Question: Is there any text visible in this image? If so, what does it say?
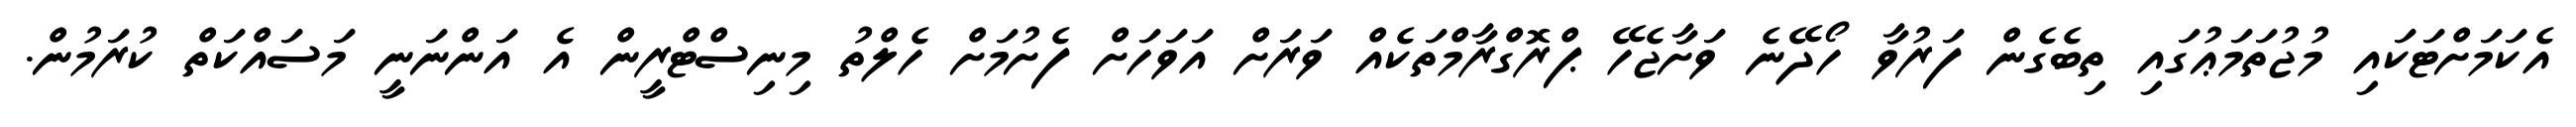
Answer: އެކަމަށްޓަކައި މުޖުތަމަޢުގައި ތިބެގެން ފަރުވާ ހޯދޭނެ ވަށާޖެހޭ ޕްރޮގްރާމްތަކެއް ވަރަށް އަވަހަށް ފެށުމަށް ހެލްތު މިނިސްޓްރީން އެ އަންނަނީ މަސައްކަތް ކުރަމުން.